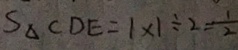
S _ { \Delta } C D E = 1 \times 1 \div 2 = \frac { 1 } { 2 }